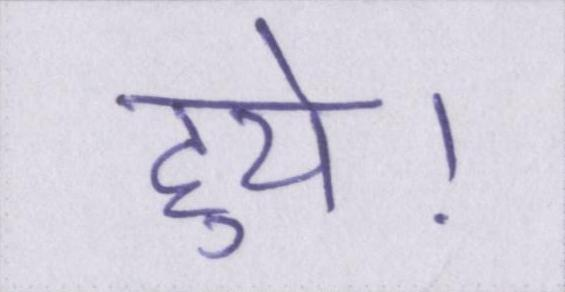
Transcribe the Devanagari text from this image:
हुये।